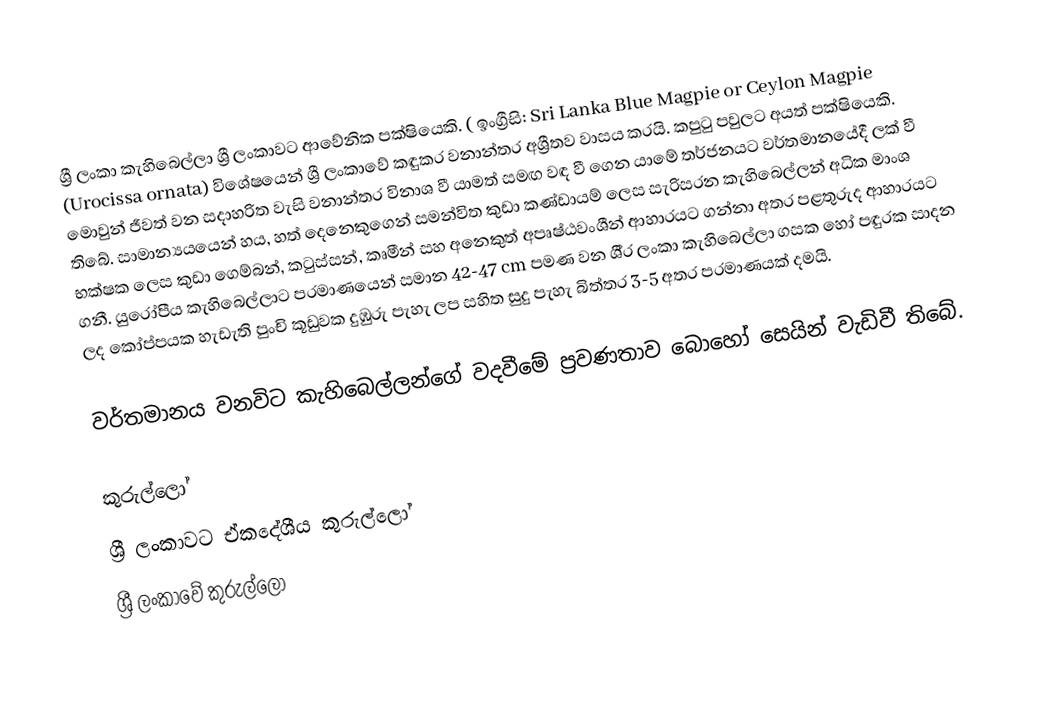
ශ්‍රී ලංකා කැහිබෙල්ලා ශ්‍රී ලංකාවට ආවේනික පක්ෂියෙකි. ( ඉංග්‍රීසි: Sri Lanka Blue Magpie or Ceylon Magpie (Urocissa ornata) විශේෂයෙන් ශ්‍රී ලංකාවේ ක‍ඳුකර වනාන්තර අශ්‍රීතව වාසය කරයි. කපුටු පවුලට අයත් පක්ෂියෙකි. මොවුන් ජීවත් වන සදාහරිත වැසි වනාන්තර විනාශ වී යාමත් සමඟ වඳ වී ගෙන යාමේ තර්ජනයට වර්තමානයේදී ලක් වී තිබේ. සාමාන්‍යයයෙන් හය, හත් දෙනෙකුගෙන් සමන්විත කුඩා කණ්ඩායම් ලෙස සැරිසරන කැහිබෙල්ලන් අධික මාංශ භක්ෂක ලෙස කුඩා ගෙම්බන්, කටුස්සන්, කෘමීන් සහ අනෙකුත් අපෘෂ්ඨවංශීන් ආහාරයට ගන්නා අතර පළතුරුද ආහාරයට ගනී. යුරෝපීය කැහිබෙල්ලාට ප‍්‍රමාණයෙන් සමාන 42-47 cm  පමණ වන ශී‍්‍ර ලංකා කැහිබෙල්ලා ගසක හෝ පඳුරක සාදන ලද කෝප්පයක හැඩැති පුංචි කූඩුවක දුඹුරු පැහැ ලප සහිත සුදු පැහැ බිත්තර 3-5 අතර ප‍්‍රමාණයක් දමයි.

වර්තමානය වනවිට කැහිබෙල්ලන්ගේ වදවීමේ ප්‍රවණතාව බොහෝ සෙයින් වැඩිවී තිබේ.

කුරුල්ලෝ
ශ්‍රී ලංකාවට ඒකදේශීය කුරුල්ලෝ
ශ්‍රී ලංකාවේ කුරුල්ලෝ